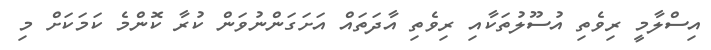
އިސްލާމީ ރިވެތި އުސޫލުތަކާއި ރިވެތި އާދަތައް އަށަގަންނުވަން ކުރާ ކޮންމެ ކަމަކަށް މި